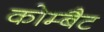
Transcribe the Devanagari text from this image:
कोम्बैट